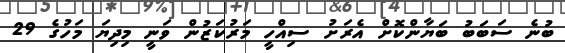
ބުނެ ސަބަބު ބަޔާންކޮށް އެރަށު ސިއްހީ މަރުކަޒުން ވަނީ މިދިޔަ މަހުގެ 29